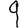
Digit: 9